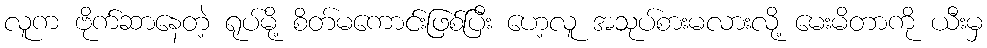
လူက ဗိုက်ဆာနေတဲ့ ရုပ်မို့ စိတ်မကောင်းဖြစ်ပြီး ဟေ့လူ အသုပ်စားမလားလို့ မေးမိတာကို ယီးမှ